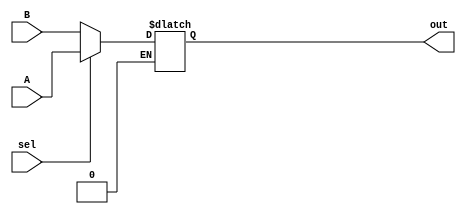
module Two_to_one_MUX(A, B, sel, out);
input A, B, sel;
output out;
reg out;
always @(A or B or sel)
begin
  if(sel == 0)
    out = B;
  else if(sel == 1)
    out = A;
end
endmodule